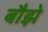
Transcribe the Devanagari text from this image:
बौझे